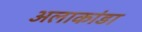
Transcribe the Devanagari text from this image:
अलाकांडा